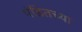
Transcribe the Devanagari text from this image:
पंडितच्या